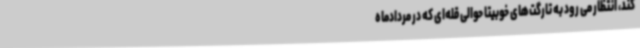
کند، انتظار می رود به تارگت‌های خوبیتا حوالی قله‌ای که در مردادماه